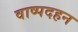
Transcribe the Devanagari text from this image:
वाष्पदहन